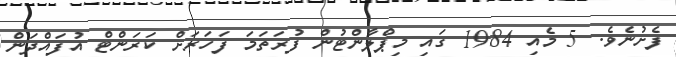
ފެށުނެވެ. 5 މެއި 1984 ގައި މިޕްލާންޓުން ފުރަތަމަ ފަހަރަށް ކަރަންޓް އުފައްދަން